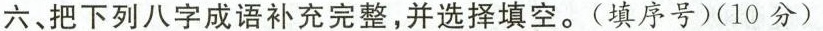
六、把下列八字成语补充完整，并选择填空。(填序号)(10分)